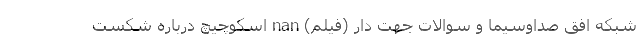
شبکه افق صداوسیما و سوالات جهت دار (فیلم) nan اسکوچیچ درباره شکست